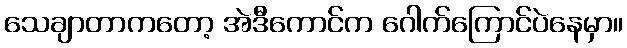
သေချာတာကတော့ အဲဒီကောင်က ဂေါက်ကြောင်ပဲနေမှာ။